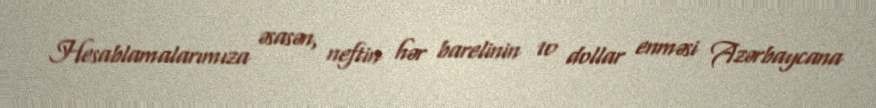
Hesablamalarımıza əsasən, neftin hər barelinin 10 dollar enməsi Azərbaycana